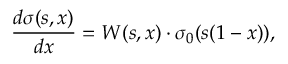
{ \frac { d \sigma ( s , x ) } { d x } = W ( s , x ) \cdot \sigma _ { 0 } ( s ( 1 - x ) ) , }